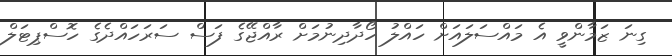
ގިނަ ޒަމާންވީ އެ މައްސަލައަށް ހައްލު ހޯދާދިނުމަށް ރާއްޖޭގެ ފަސް ސަރަހައްދެގެ ހޮސްޕިޓަލް